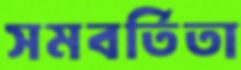
সমবর্তিতা